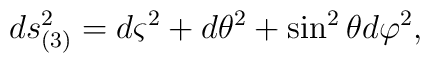
ds_{(3)}^{2}=d\varsigma ^{2}+d\theta ^{2}+\sin ^{2}\theta d\varphi ^{2},